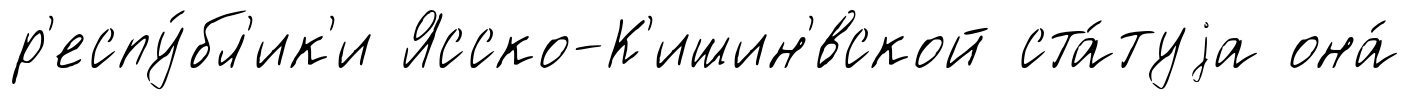
р'еспу́бл'ик'и Ясско-К'ишин'́вской ста́туjа она́